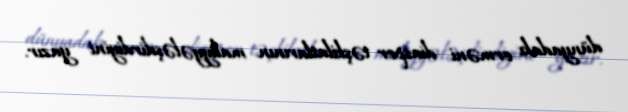
dünyadakı erməni diaspor təşkilatlarının maliyyələşdirdiyini yazır.